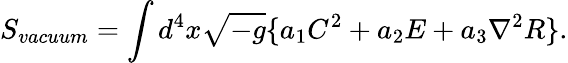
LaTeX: S_{vacuum}=\int d^{4}x\sqrt{-g}\{ a_{1}C^{2}+a_{2}E+a_{3}{\nabla}^{2}R\} .